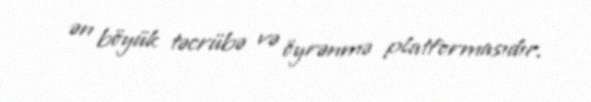
ən böyük təcrübə və öyrənmə platformasıdır.